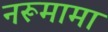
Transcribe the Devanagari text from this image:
नरूमामा